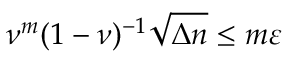
\nu ^ { m } ( 1 - \nu ) ^ { - 1 } \sqrt { \Delta n } \le m \varepsilon